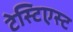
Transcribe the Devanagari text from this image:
टेस्टिएस्ट